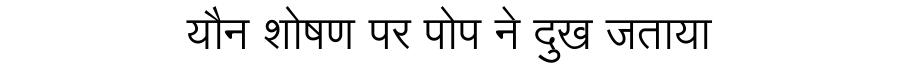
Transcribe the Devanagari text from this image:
यौन शोषण पर पोप ने दुख जताया